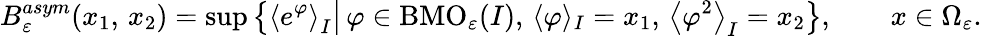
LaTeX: B_{\varepsilon}^{asym}(x_{1},\, x_{2})=\operatorname*{sup}\left\{ \left\langle e^{\varphi}\right\rangle_{I}\big|\, \varphi\in\mathrm{BMO}_{\varepsilon}(I),\, \langle\varphi\rangle_{I}=x_{1},\, \left\langle\varphi^{2}\right\rangle_{I}=x_{2}\right\} ,\qquad x\in\Omega_{\varepsilon}.